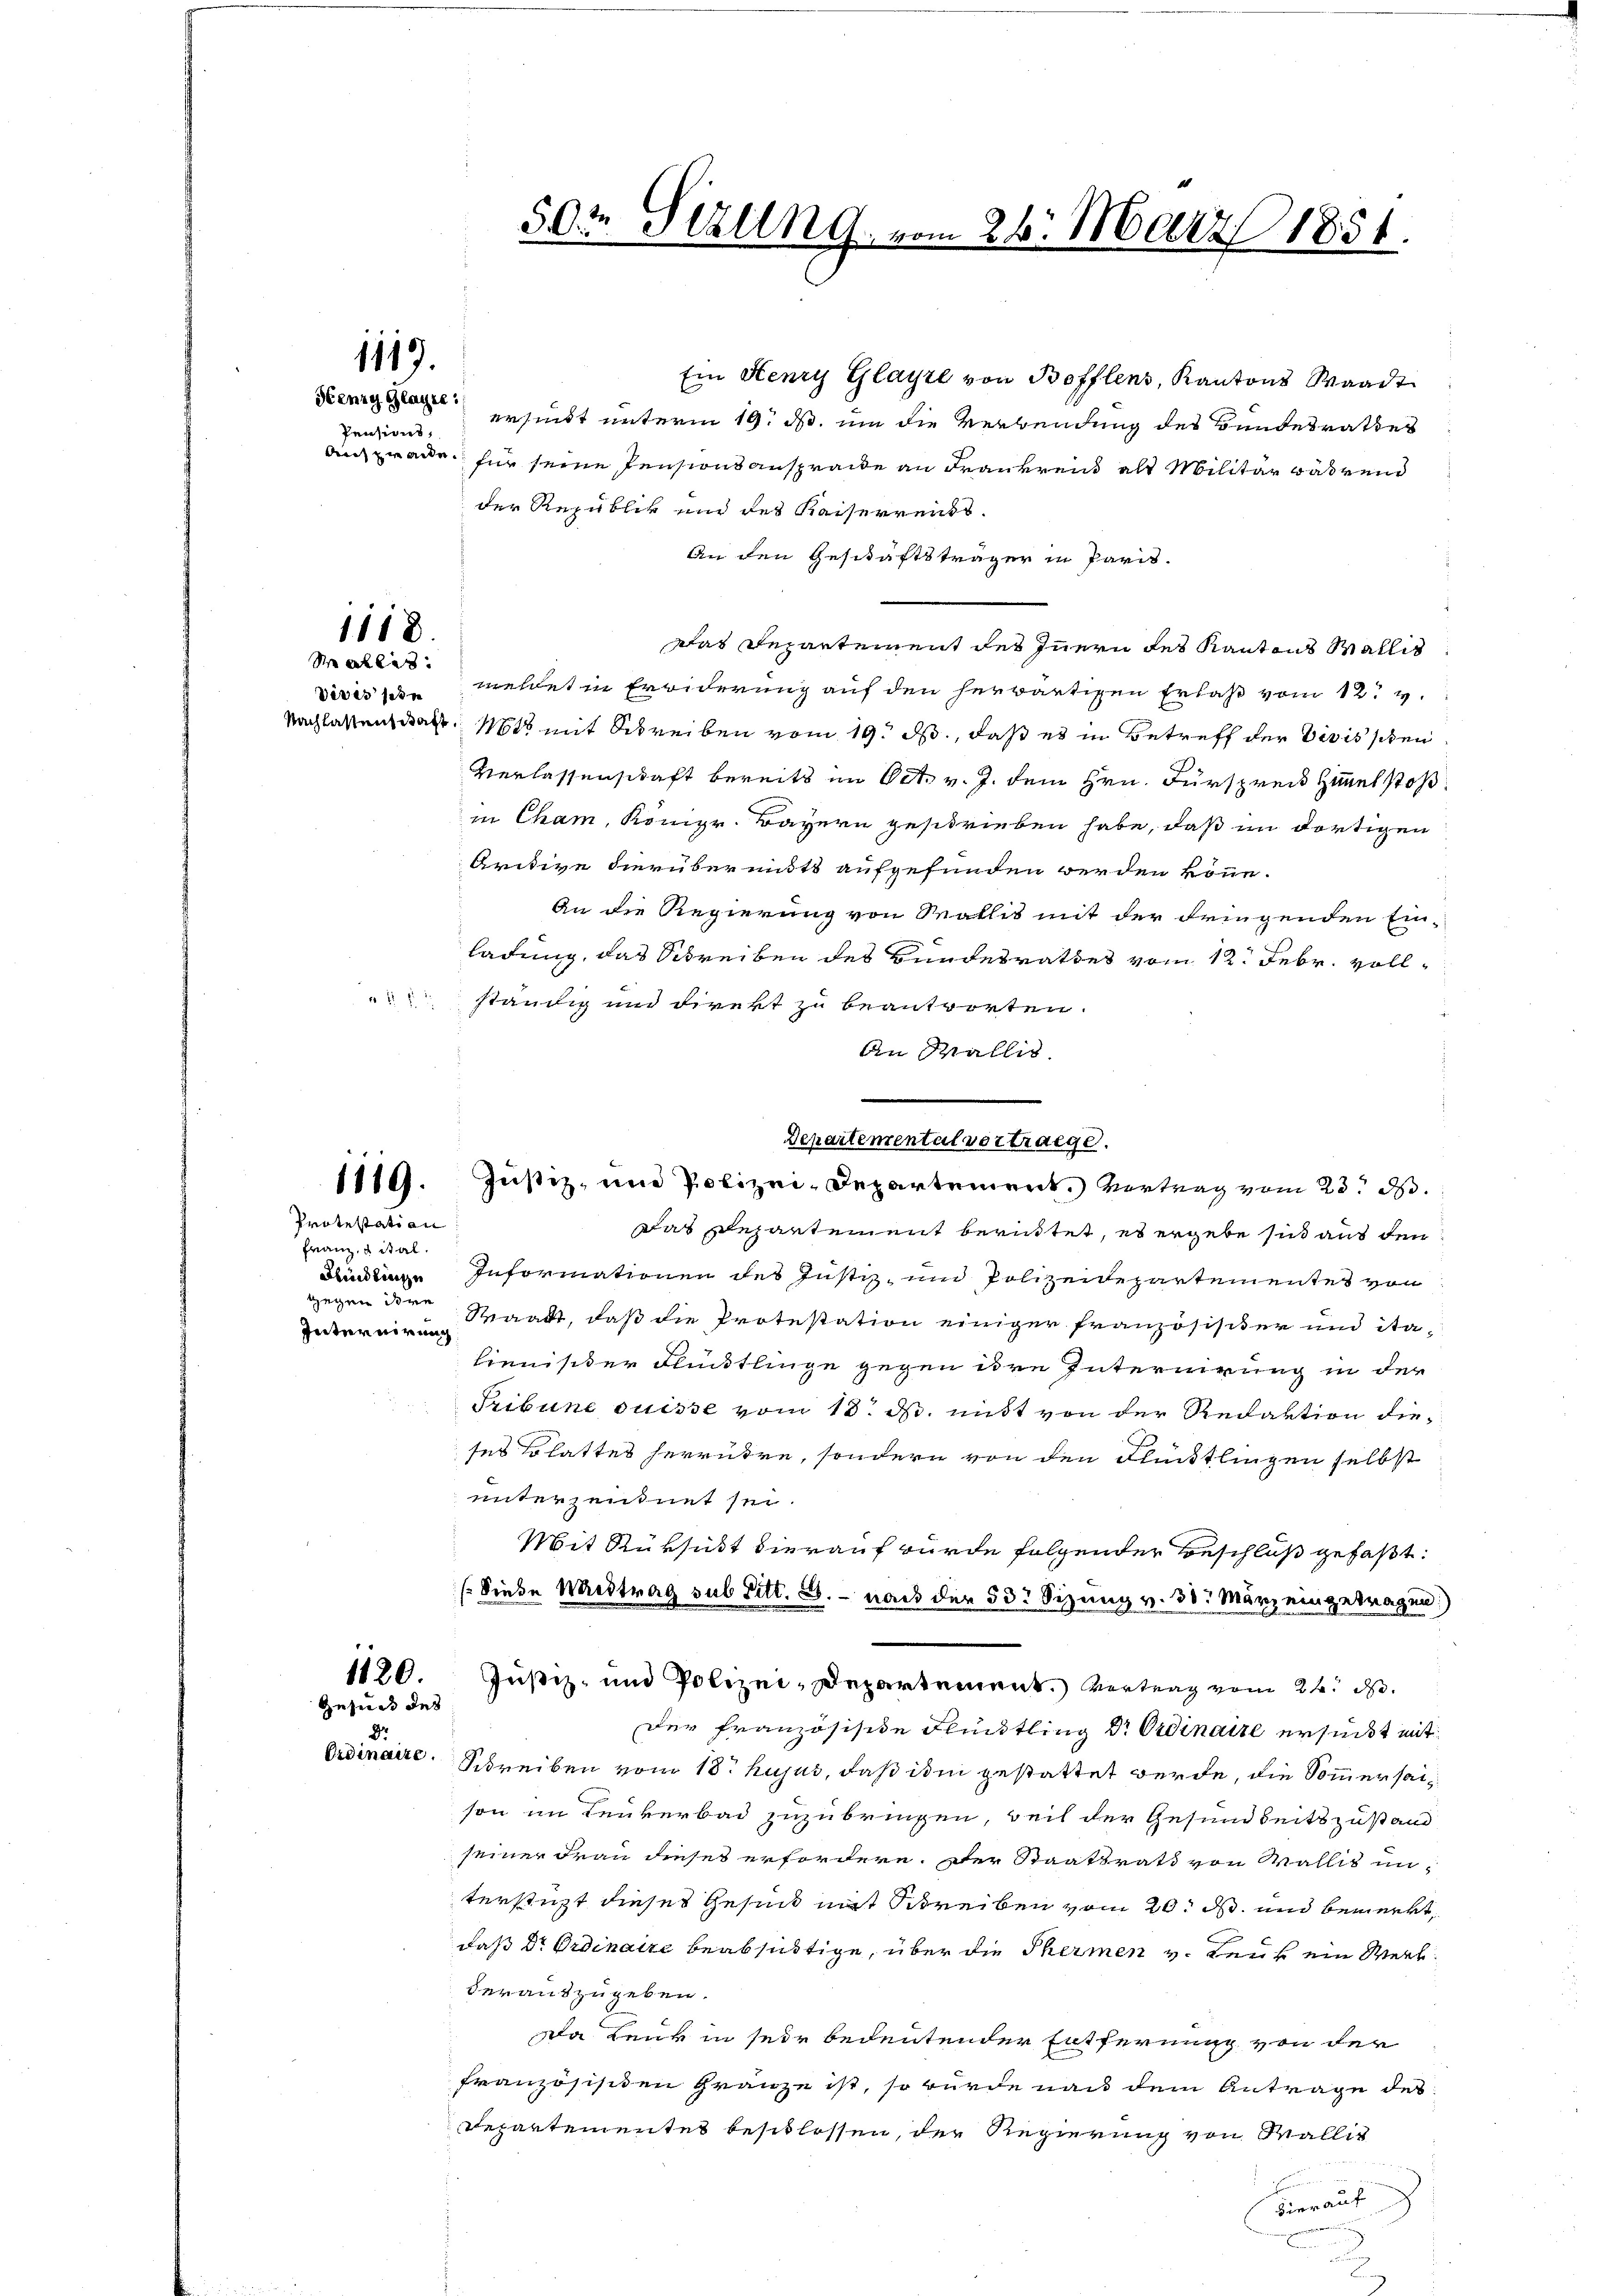
1119.
Henry Glagte:

Pensions,

1118.
Stahle

Protestation
Franz, d ital.
gegen die
Interwirung

Ein Henry Glagte von Bofflens, Kantons Waadt
ersinkt unterm 19. ds. um die Verwendung des Bundesrathes
auch Brande für seine Pensionsansprache an Frankreis als Militär während
der Republik und des Kaiserreiss.
An den Geschäftsträger in Paris.
Das Departement des Innern des Kantons Wallis
diversemeldet in Erwiderung auf den herwärtigen Erlaß vom 12. v.
Nachlassens das Not mit Schreiben vom 19. ds., daß es in Betreff der Divis schen
Verlassenschaft bereits im Oct. v. J. dem Hrn. Fürsprech Zimmel stoß
in Cham, Königr. Bayern geschrieben habe, daß in dortigen
Arctive hierübermitt aufgefunden werden könne.
An die Regierung von Wallis mit der dringenden Ein-
ladung, das Schreiben des Bundesrathes vom 12. Febr. vollständig und direkt zu beantworten.
An Wallis
1119. Justiz- und Polizei-Departement. Vertrag vom 23. d.
Das Departement berittet, es ergebe sich aus den
Brücklinge Informationen des Justiz- und Polizeidepartementes von
Waadt, daß die Protestation einiger Französisiker und ita-
lienister Flüctlinge gegen ire Internirung in der
Tribung Suisse vom 18. d. nidt von der Redaktion dieses so hattes herrühre, sondern von den Flünktlingen selbst
unterzeichnet sei.
Mit Rüksicht hierauf wurde folgender Beschluß gefaßt:
Siebe Wirdtrag sub Litt. B. nach der 55 Sizung v. 30. März eingetragen.
1120. Justiz- und Polizei-Departement. Vertrag vom 24. d.
Gesuch des
Der französische Flüchtling Dr. Ordinaire ersucht mit
8.
Ordinaire. Schreiben vom 18. hujus, daß ihm gestattet werde, die Sommerseison im Leukerbad zuzubringen, weil der Gesundheitszustand
seiner Frau dieses erfordern. Der Staatsrath von Wallis un-
terstützt dieses Gesuch mit Schreiben vom 20. ds. und bemerkt,
daß Dr Ordinaire beabsichtige, über die Thermen v. Leuk ein Werk
der auszugeben.
Da Lenk in sein bedeutender Entfernung von der
französisiden Gränze ist, so würde nach dem Antrage des
Departementes beschlossen, der Regierung von Wällig
hierauf
n

50 Sizung, vom 26. März 1851.

Departemental vertraege.